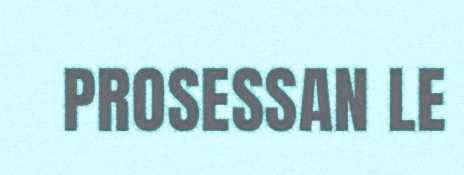
PROSESSAN LE